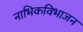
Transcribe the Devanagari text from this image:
नाभिकविभाजन